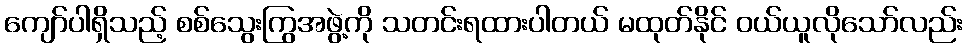
ကျော်ပါရှိသည့် စစ်သွေးကြွအဖွဲ့ကို သတင်းရထားပါတယ် မထုတ်နိုင် ဝယ်ယူလိုသော်လည်း